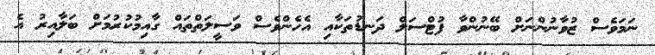
ނަމަވެސް ޒުވާނުންނަށް ބޭނުންވާ ފުޓްސަލް ދަނޑުތަކާއި އެހެންވެސް ވަސީލަތްތައް ގާއިމުކުރުމަށް ބަލާއިރު އެ